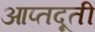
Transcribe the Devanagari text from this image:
आप्तदूती